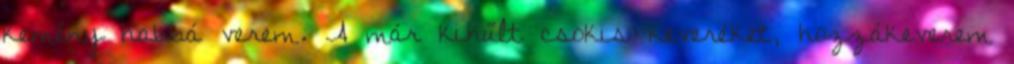
kemény habbá verem. A már kihűlt csokis keveréket, hozzákeverem